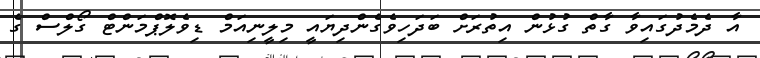
އާ ދެމެދުގައިވާ ގާތް ގުޅުން އިތުރަށް ބަދަހިވެގެންދިޔައީ މިލީނިއަމް ޑިވެލޮޕްމަންޓް ގޯލްސް ގެ